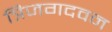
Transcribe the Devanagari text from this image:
त्रिजगदवन